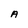
Character: A